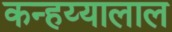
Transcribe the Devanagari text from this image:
कन्हय्यालाल